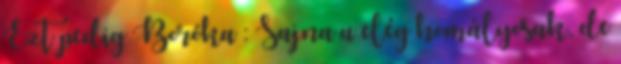
Ezt pedig Boróka : Sajna a elég homályosak, de